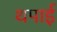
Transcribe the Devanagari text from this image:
थपाई